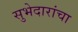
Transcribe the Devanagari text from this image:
सुभेदारांचा